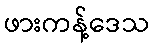
ဖားကန့်ဒေသ